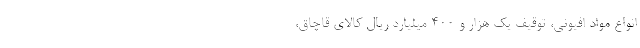
انواع مواد افیونی، توقیف یک هزار و ۴۰۰ میلیارد ریال کالای قاچاق،